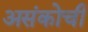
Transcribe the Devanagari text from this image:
असंकोची